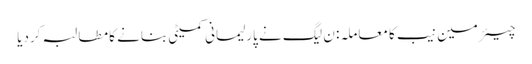
چیئرمین نیب کا معاملہ: ن لیگ نے پارلیمانی کمیٹی بنانے کا مطالبہ کردیا